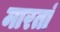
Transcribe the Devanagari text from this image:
मारतां